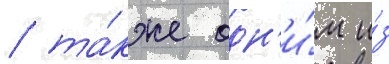
/ та́кже одн'и́м и́з